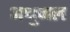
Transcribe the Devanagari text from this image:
अश्रुजल